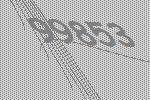
99853